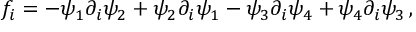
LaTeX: f _ { i } = - \psi _ { 1 } \partial _ { i } \psi _ { 2 } + \psi _ { 2 } \partial _ { i } \psi _ { 1 } - \psi _ { 3 } \partial _ { i } \psi _ { 4 } + \psi _ { 4 } \partial _ { i } \psi _ { 3 } \, ,